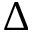
\Delta